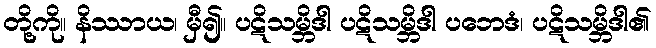
တို့ကို။ နိဿာယ၊ မှီ၍။ ပဋိသမ္ဘိဒါ ပဋိသမ္ဘိဒါ ပဘေဒံ၊ ပဋိသမ္ဘိဒါ၏